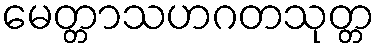
မေတ္တာသဟဂတသုတ္တ